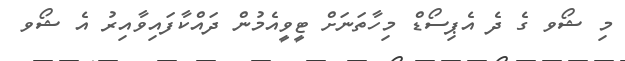
މި ޝޯވ ގެ ދެ އެޕިސޯޑް މިހާތަނަށް ޓީވީއެމުން ދައްކާފައިވާއިރު އެ ޝޯވ